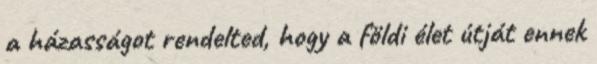
a házasságot rendelted, hogy a földi élet útját ennek